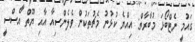
ގައުމީ ނެޓްބޯޅަ މުބާރާތް: އިއްޔެ ކުޅުނު މެޗުތަކުން ވެލެންސިއާ އާއި ޔޫތް އެސްސީ